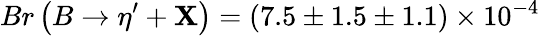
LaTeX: Br\left(B\rightarrow\eta^{\prime}+\mathbf{X}\right)=(7.5\pm1.5\pm1.1)\times10^{-4}